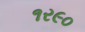
૧ર૯૦